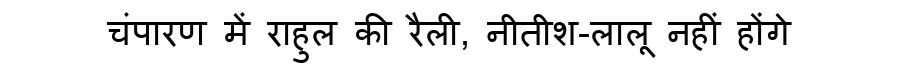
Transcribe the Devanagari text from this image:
चंपारण में राहुल की रैली, नीतीश-लालू नहीं होंगे